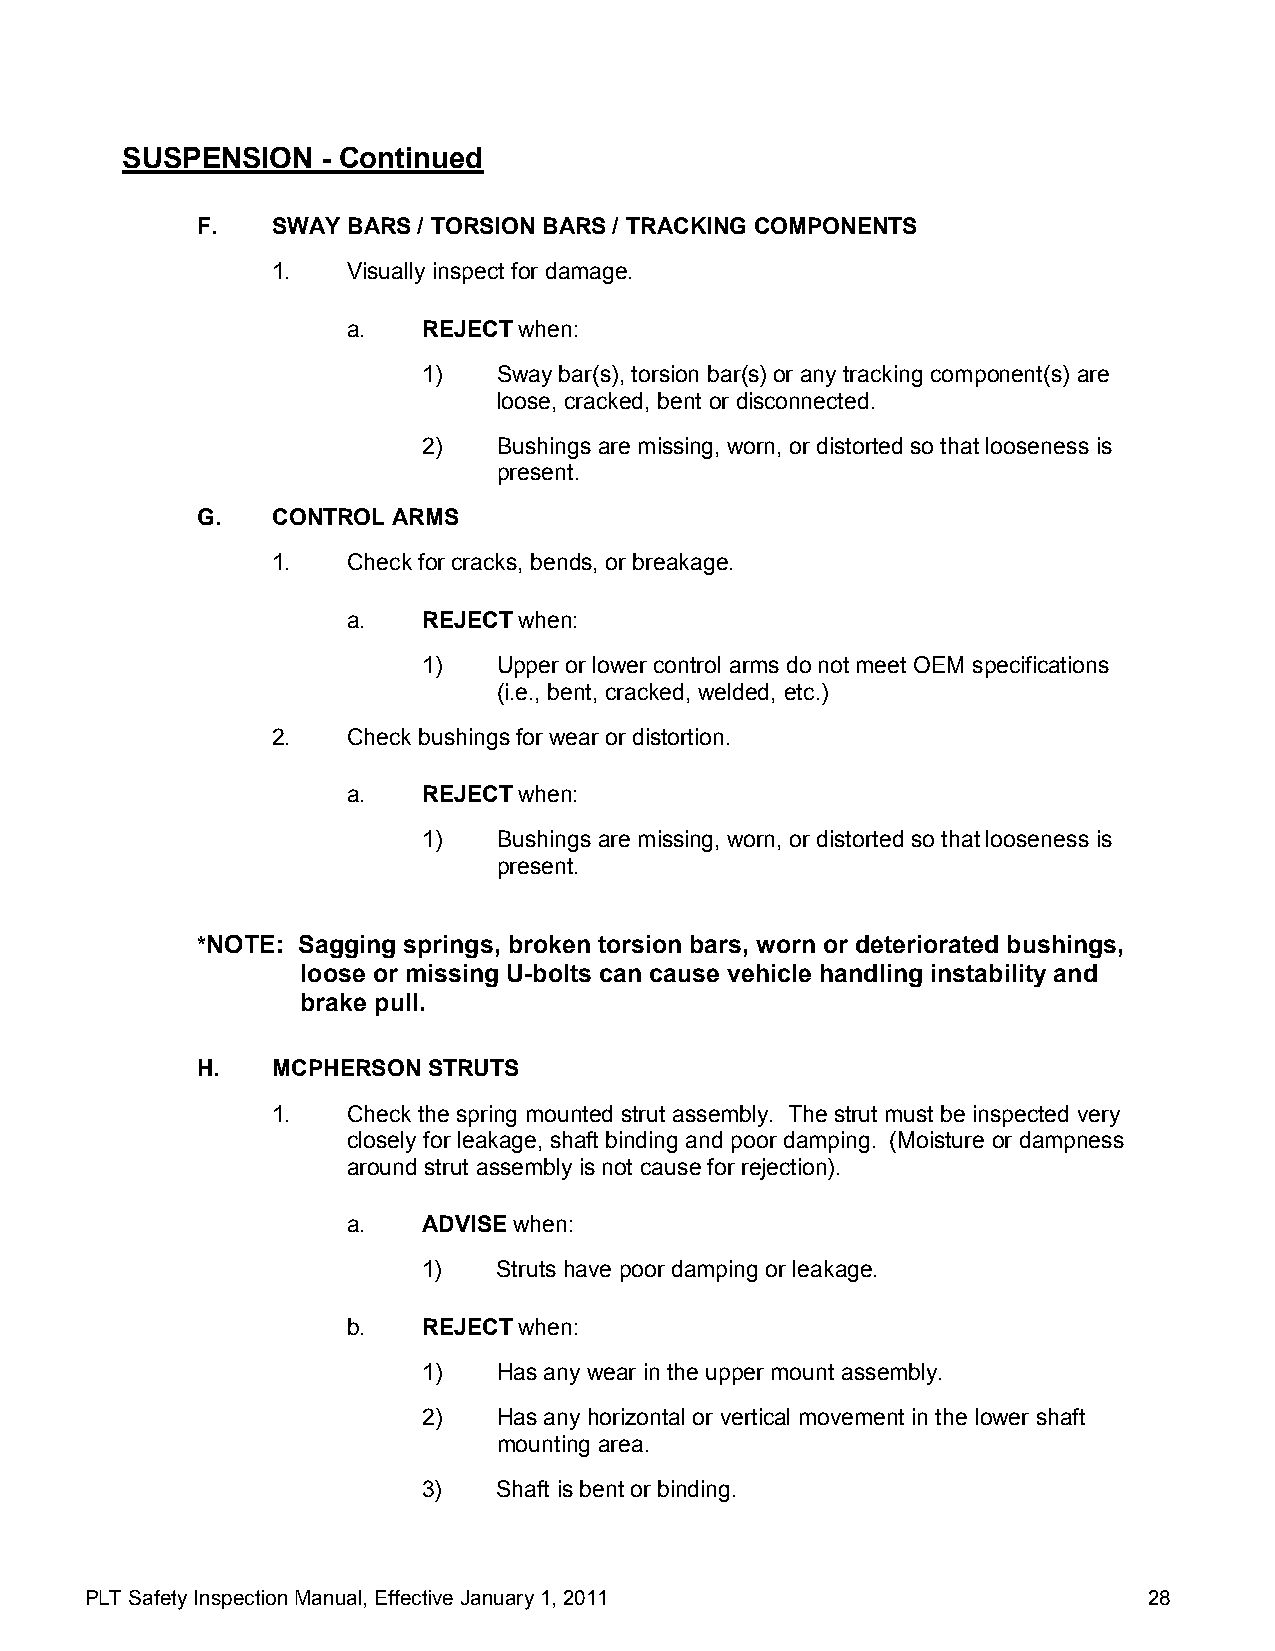
SUSPENSION   - Continued
 F.   SWAY BARS / TORSION BARS / TRACKING COMPONENTS
 1.   Visually inspect for damage.
 a.   REJECT when:
 1)   Sway bar(s), torsion bar(s) or any tracking component(s) are
 loose, cracked, bent or disconnected.
 2)   Bushings are missing, worn, or distorted so that looseness is
 present.
 G.   CONTROL ARMS
 1.   Check for cracks, bends, or breakage.
 a.   REJECT when:
 1)   Upper or lower control arms do not meet OEM specifications
 (i.e., bent, cracked, welded, etc.)
 2.   Check bushings for wear or distortion.
 a.   REJECT when:
 1)   Bushings are missing, worn, or distorted so that looseness is
 present.
 *NOTE: Sagging springs, broken torsion bars, worn or deteriorated bushings,
 loose or missing U-bolts can cause vehicle handling instability and
 brake pull.
 H.   MCPHERSON STRUTS
 1.   Check the spring mounted strut assembly. The strut must be inspected very
 closely for leakage, shaft binding and poor damping. (Moisture or dampness
 around strut assembly is not cause for rejection).
 a.   ADVISE when:
 1)   Struts have poor damping or leakage.
 b.   REJECT when:
 1)   Has any wear in the upper mount assembly.
 2)   Has any horizontal or vertical movement in the lower shaft
 mounting area.
 3)   Shaft is bent or binding.
 PLT Safety Inspection Manual, Effective January 1, 2011               28